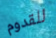
للقدوم